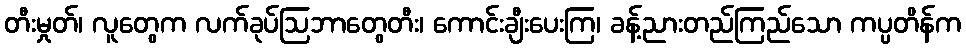
တီးမှုတ်၊ လူတွေက လက်ခုပ်ဩဘာတွေတီး၊ ကောင်းချီးပေးကြ၊ ခန့်ညားတည်ကြည်သော ကပ္ပတိန်က